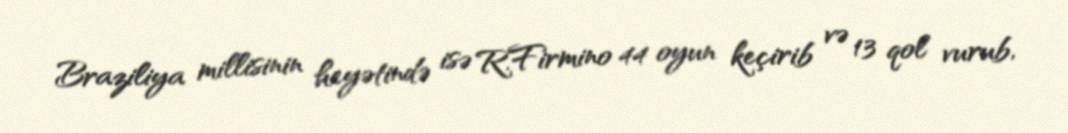
Braziliya millisinin heyətində isə R.Firmino 44 oyun keçirib və 13 qol vurub,